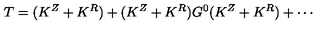
T = ( K ^ { Z } + K ^ { R } ) + ( K ^ { Z } + K ^ { R } ) G ^ { 0 } ( K ^ { Z } + K ^ { R } ) + \cdots